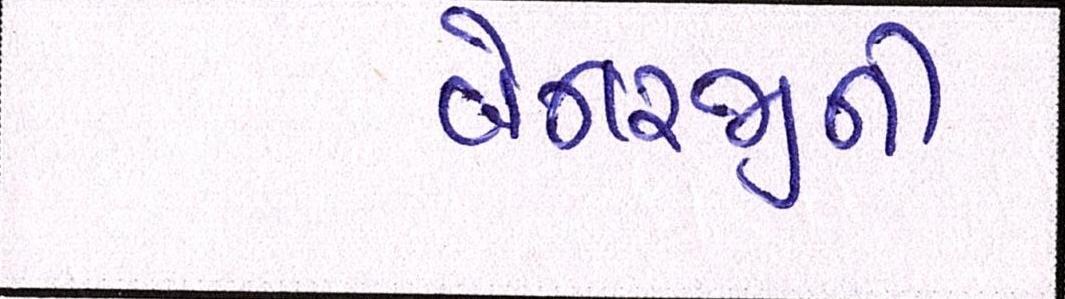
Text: બેનરજીની